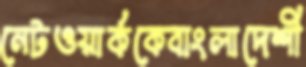
নেটওয়ার্ককেবাংলাদেশী